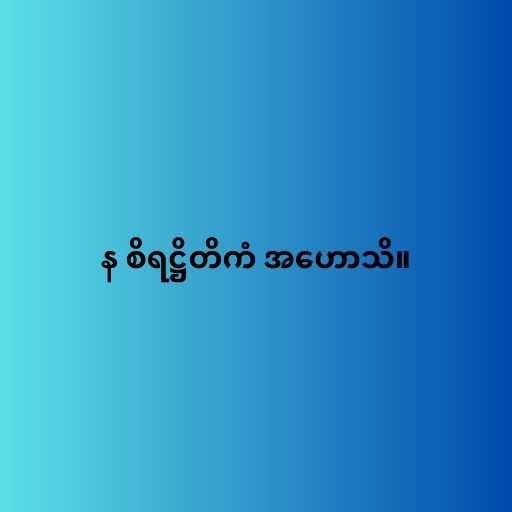
န စိရဋ္ဌိတိကံ အဟောသိ။